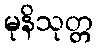
မုနိသုတ္တ